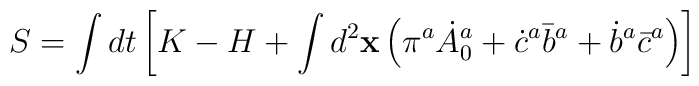
S=\int dt\left[K-H+\int d^2 {\bf x}\left(\pi^a\dot A^a_0+\dot c^a{\bar b}^a+\dot b^a\bar c^a \right)\right]